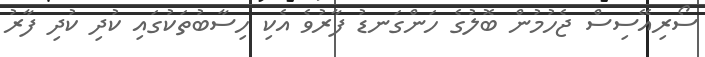
ސޯރިއޭސިސް ޖެހުމުން ބޮލުގެ ހަންގަނޑު ފާރުވެ އެކި ހިސާބުތަކުގައި ކުދި ކުދި ފާރު